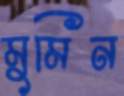
মুমিন